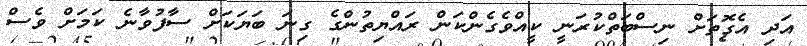
އަދި އެގޮތަށް ނިސްބަތްކުރަނީ ކީއްވެގެންކަން ރައްޔިތުންގެ ގިނަ ބަޔަކަށް ސާފުވާނެ ކަމަށް ވެސް